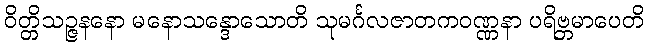
ဝိတ္တိသဉ္ဇနနော မနောသန္ဒောသောတိ သုမင်္ဂလဇာတကဝဏ္ဏနာ ပရိဗ္ဘမာပေတိ